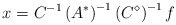
\begin{align*}x=C^{-1}\left(A^{*}\right)^{-1}\left(C^{\diamond}\right)^{-1}f\end{align*}